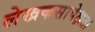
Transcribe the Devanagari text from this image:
लेखकसापेक्षता